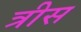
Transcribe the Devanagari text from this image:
त्रीस